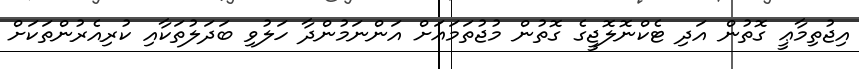
އިޖުތިމާޢީ ގޮތުން އަދި ޓެކްނޮލޮޖީގެ ގޮތުން މުޖުތަމަޢަށް އަންނަމުންދާ ހަލުވި ބަދަލުތަކާއި ކުރިއެރުންތަކަށް